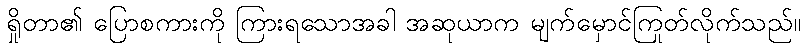
ရှိုတာ၏ ပြောစကားကို ကြားရသောအခါ အဆုယာက မျက်မှောင်ကြုတ်လိုက်သည်။